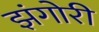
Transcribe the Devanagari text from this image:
झंगोरी